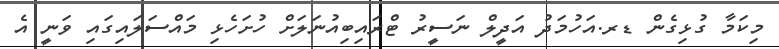
މިކަމާ ގުޅިގެން ޑރ.އަހުމަދު އަދީލް ނަސީރު ޓްރައިބިއުނަލަށް ހުށަހެޅި މައްސަލައިގައި ވަނީ އެ